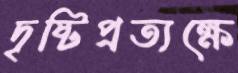
দৃষ্টিপ্রত্যক্ষে